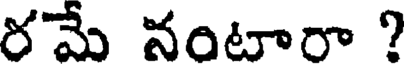
రమే నంటారా ?